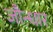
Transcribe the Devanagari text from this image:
जौन्धार